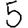
Digit: 5